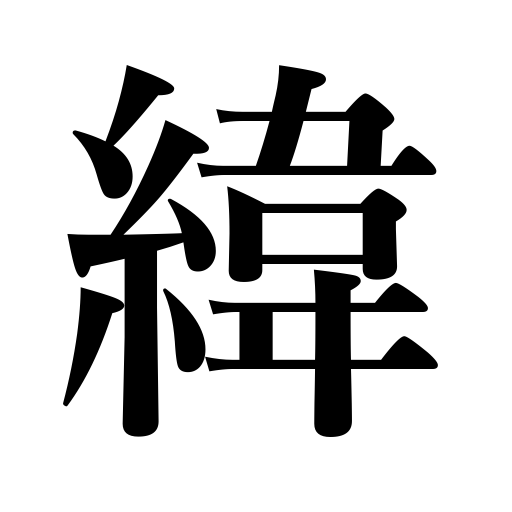
Meanings: woof,parallels of latitude,horizontal,left and right,latitude